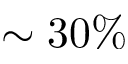
\sim 3 0 \%